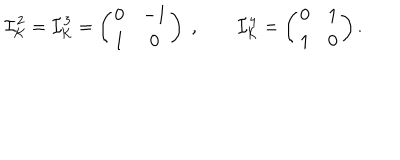
{ \cal I } _ { \cal K } ^ { 2 } = { \cal I } _ { \cal K } ^ { 3 } = \left( \begin{array} { c c } { { 0 } } & { { - 1 } } \\ { { 1 } } & { { 0 } } \\ \end{array} \right) \; , \qquad { \cal I } _ { \cal K } ^ { 4 } = \left( \begin{array} { c c } { { 0 } } & { { 1 } } \\ { { 1 } } & { { 0 } } \\ \end{array} \right) .